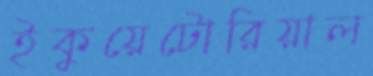
ইকুয়েটোরিয়াল